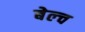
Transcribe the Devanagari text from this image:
बेल्च